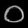
Digit: ၀